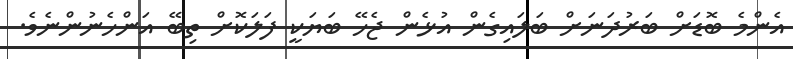
އެންމެ ބޮޑަށް ބަރުދަނަށް ބަލައިގެން އުޅެން ޖެހޭ ބަޔަކީ ފަލަކޮށް ތިބޭ އަންހެނުންނެވެ.